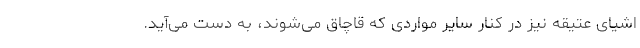
اشیای عتیقه نیز در کنار سایر مواردی که قاچاق می‌شوند، به دست می‌آید.